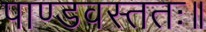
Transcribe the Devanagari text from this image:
पाण्डवस्ततः॥